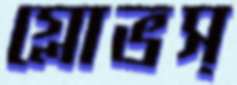
গ্লোভস্